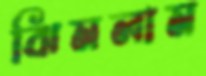
ঝিমলাম